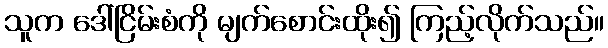
သူက ဒေါ်ငြိမ်းစံကို မျက်စောင်းထိုး၍ ကြည့်လိုက်သည်။